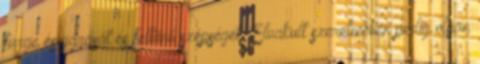
fürge észjárását és feltűnő szépségét. Elvakult szerelmében pedig olyan